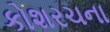
કોશરચના